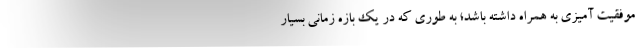
موفقیت آمیزی به همراه داشته باشد؛ به طوری که در یک بازه زمانی بسیار